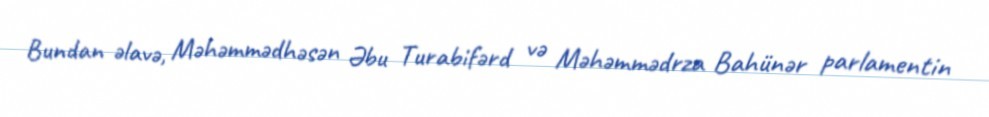
Bundan əlavə, Məhəmmədhəsən Əbu Turabifərd və Məhəmmədrza Bahünər parlamentin